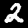
Label: 2